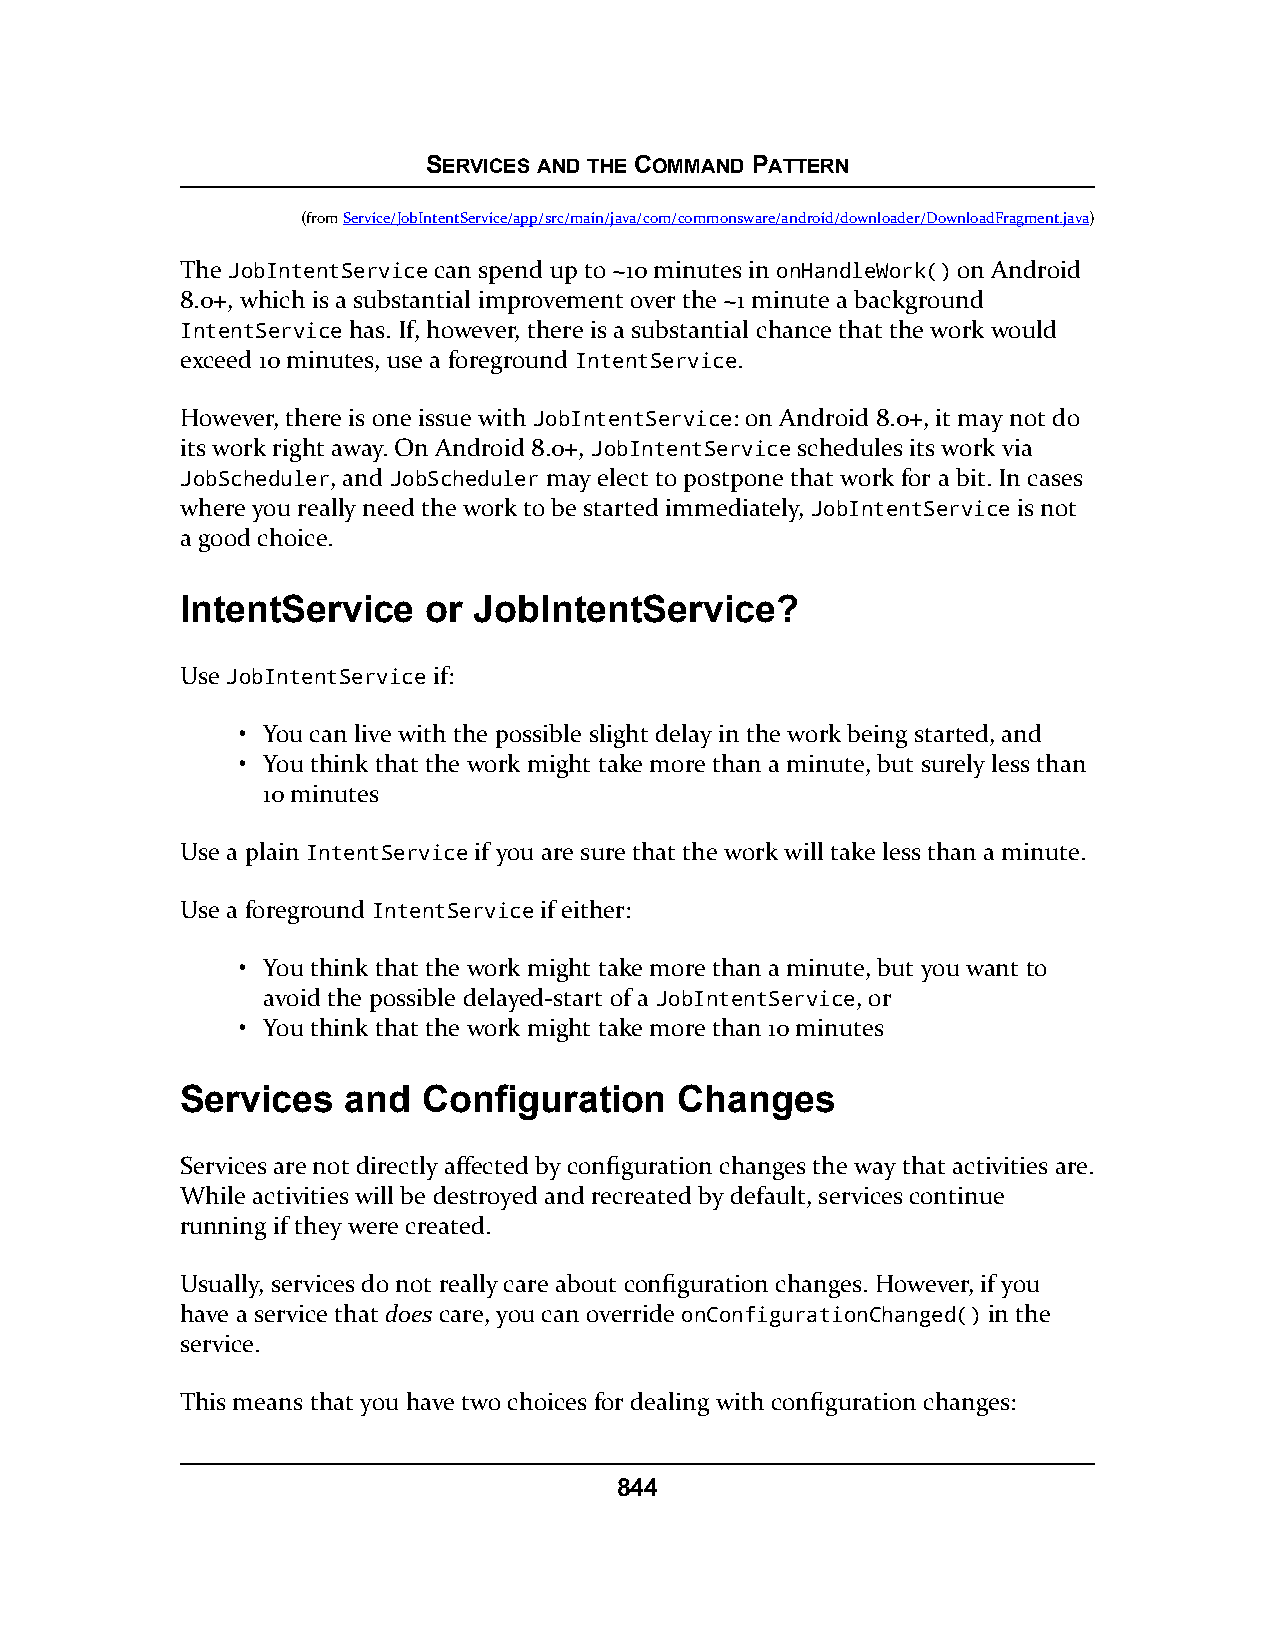
SERVICES AND THE COMMAND PATTERN
 (fromService/JobIntentService/app/src/main/java/com/commonsware/android/downloader/DownloadFragment.java)
 The JobIntentService can spend up to ~10 minutes in onHandleWork() on Android
 8.0+, which is a substantial improvement over the ~1 minute a background
 IntentService has. If, however, there is a substantial chance that the work would
 exceed 10 minutes, use a foreground IntentService.
 However, there is one issue with JobIntentService: on Android 8.0+, it may not do
 its work right away. On Android 8.0+, JobIntentService schedules its work via
 JobScheduler, and JobScheduler may elect to postpone that work for a bit. In cases
 where you really need the work to be started immediately, JobIntentService is not
 a good choice.
 IntentService   or JobIntentService?
 Use JobIntentService if:
 • You can live with the possible slight delay in the work being started, and
 • You think that the work might take more than a minute, but surely less than
 10 minutes
 Use a plain IntentService if you are sure that the work will take less than a minute.
 Use a foreground IntentService if either:
 • You think that the work might take more than a minute, but you want to
 avoid the possible delayed-start of a JobIntentService, or
 • You think that the work might take more than 10 minutes
 Services   and  Configuration    Changes
 Services are not directly affected by configuration changes the way that activities are.
 While activities will be destroyed and recreated by default, services continue
 running if they were created.
 Usually, services do not really care about configuration changes. However, if you
 have a service that does care, you can override onConfigurationChanged() in the
 service.
 This means that you have two choices for dealing with configuration changes:
 844